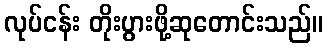
လုပ်ငန်း တိုးပွားဖို့ဆုတောင်းသည်။